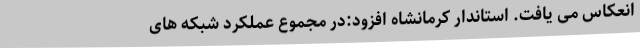
انعکاس می یافت. استاندار کرمانشاه افزود:در مجموع عملکرد شبکه های